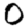
Digit: 0